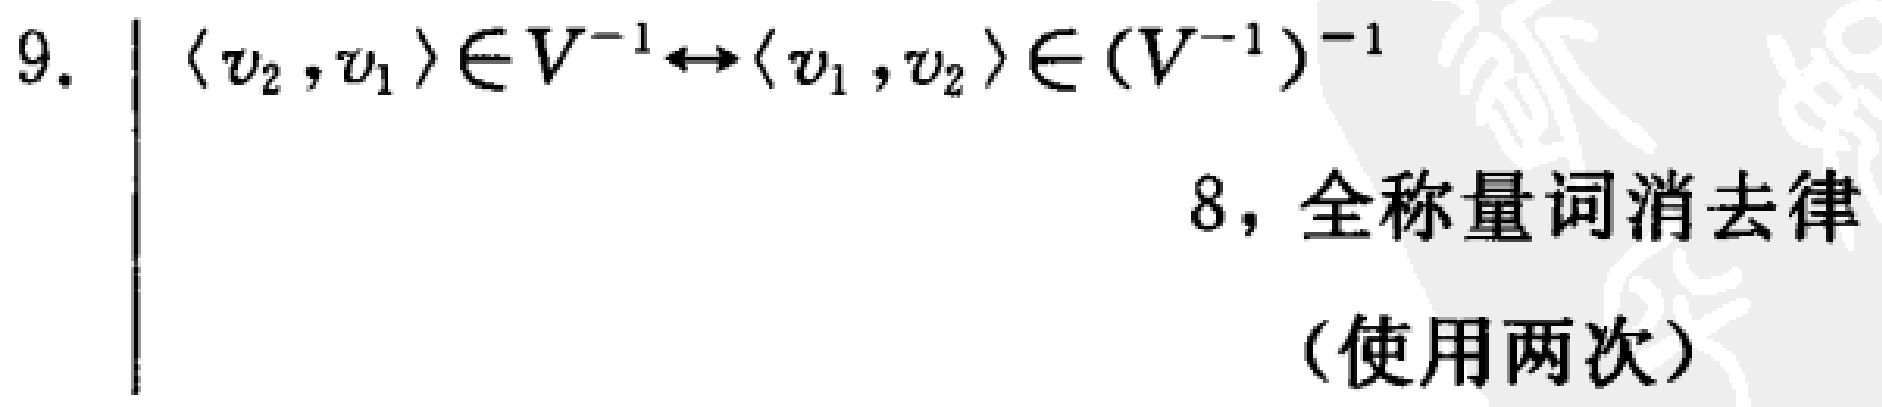
$9. \quad \langle v_2, v_1 \rangle \in V^{-1} \leftrightarrow \langle v_1, v_2 \rangle \in (V^{-1})^{-1}$
\hfill 8, 全称量词消去律
\hfill (使用两次)